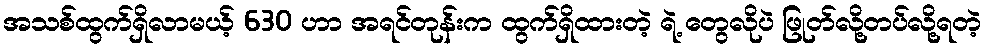
အသစ်ထွက်ရှိလာမယ့် 630 ဟာ အရင်တုန်းက ထွက်ရှိထားတဲ့ ရဲ့ တွေလိုပဲ ဖြုတ်လို့တပ်လို့ရတဲ့